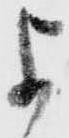
よ